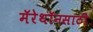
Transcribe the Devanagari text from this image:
मॅरेथॉनसाठी